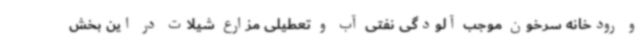
و رودخانه‌ سرخون موجب آلودگی نفتی آب و تعطیلی مزارع شیلات در این بخش